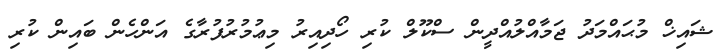
ޝައިޚް މުޙައްމަދު ޖަމާއްލުއްދީން ސްކޫލް ކުރި ހޯދިއިރު މިޢުމުރުފުރާގެ އަންހެން ބައިން ކުރި